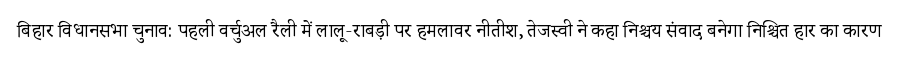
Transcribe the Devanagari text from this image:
बिहार विधानसभा चुनाव: पहली वर्चुअल रैली में लालू-राबड़ी पर हमलावर नीतीश, तेजस्वी ने कहा निश्चय संवाद बनेगा निश्चित हार का कारण